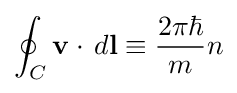
\oint _{C}\mathbf {v} \cdot \,d\mathbf {l} \equiv {\frac {2\pi \hbar }{m}}n